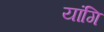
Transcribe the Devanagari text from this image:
यांगि